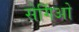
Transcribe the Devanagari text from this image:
सेर्गिओ